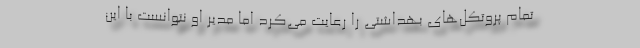
تمام پروتکل‌های بهداشتی را رعایت می‌کرد اما مدیر او نتوانست با این